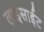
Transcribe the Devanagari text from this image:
लाइसाईट